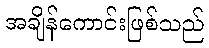
အချိန်ကောင်းဖြစ်သည်